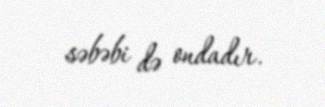
səbəbi də ondadır.